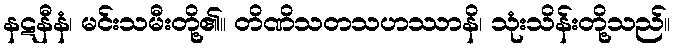
နဋနီနံ၊ မင်းသမီးတို့၏။ တိဏိသတသဟဿာနိ၊ သုံးသိန်းတို့သည်။